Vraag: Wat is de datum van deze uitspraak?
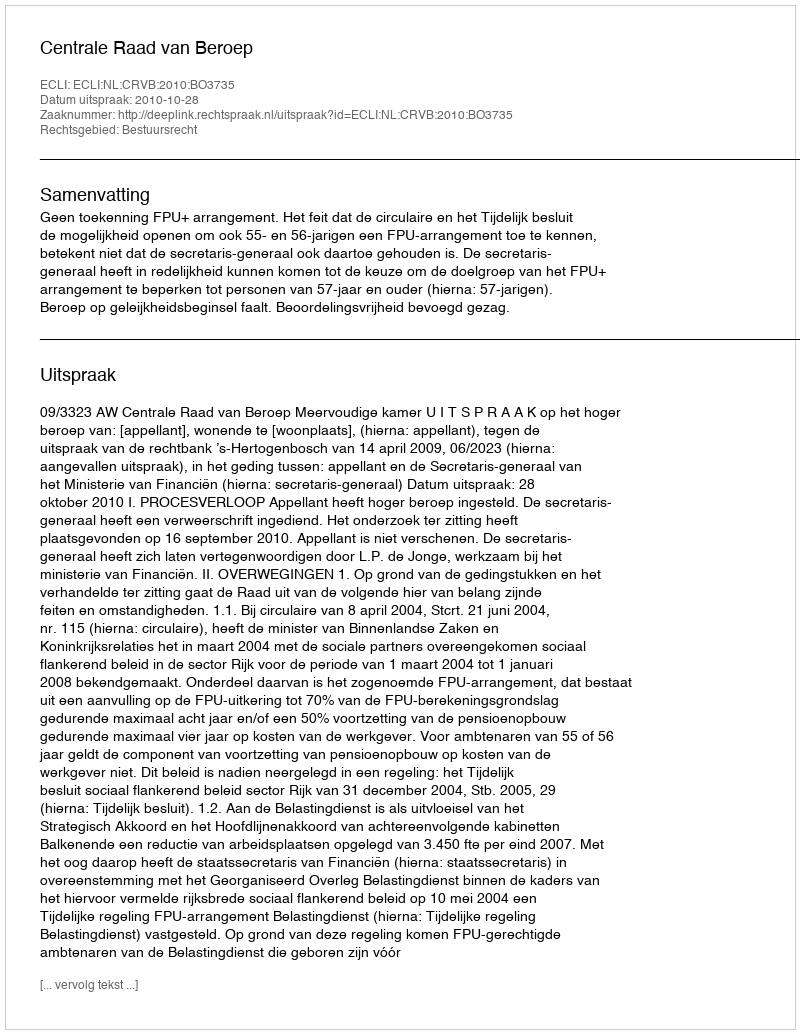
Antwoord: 2010-10-28